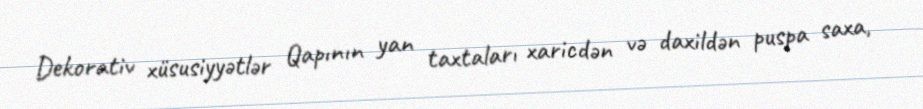
Dekorativ xüsusiyyətlər Qapının yan taxtaları xaricdən və daxildən puspa saxa,